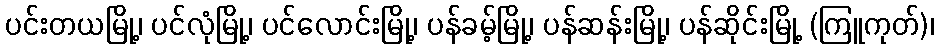
ပင်းတယမြို့၊ ပင်လုံမြို့၊ ပင်လောင်းမြို့၊ ပန်ခမ့်မြို့၊ ပန်ဆန်းမြို့၊ ပန်ဆိုင်းမြို့ (ကြူကုတ်)၊